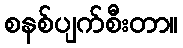
စနစ်ပျက်စီးတာ။